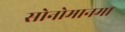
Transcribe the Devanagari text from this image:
सोनोमानमा